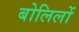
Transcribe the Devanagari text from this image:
बोलिलों